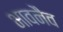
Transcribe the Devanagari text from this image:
भावनैव